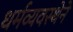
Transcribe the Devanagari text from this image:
धर्मव्यवस्थेने